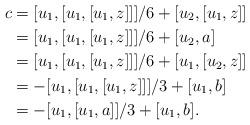
LaTeX: \begin{align*}c&=[u_1,[u_1,[u_1,z]]]/6+[u_2,[u_1,z]]\\&=[u_1,[u_1,[u_1,z]]]/6+[u_2,a]\\&=[u_1,[u_1,[u_1,z]]]/6+[u_1,[u_2,z]]\\&=-[u_1,[u_1,[u_1,z]]]/3+[u_1,b]\\&=-[u_1,[u_1,a]]/3+[u_1,b].\end{align*}